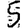
Digit: 5